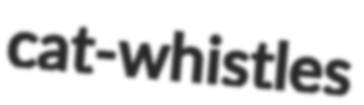
cat-whistles